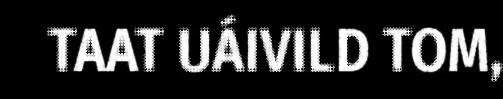
TAAT UÁIVILD TOM,